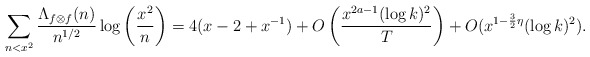
\begin{align*} \sum_{n<x^2}\frac{\Lambda_{f\otimes f}(n)}{n^{1/2}}\log\left(\frac{x^2}{n}\right)=4(x-2+x^{-1})+O\left(\frac{x^{2a-1}(\log k)^2}{T}\right)+O(x^{1-\frac{3}{2}\eta}(\log k)^2).\end{align*}